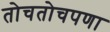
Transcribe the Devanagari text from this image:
तोचतोचपणा